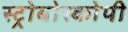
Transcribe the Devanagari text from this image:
स्ट्रोबोस्कोपी